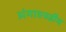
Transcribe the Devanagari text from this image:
अंगाएवढीच